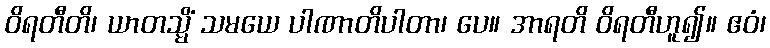
ဝိရတီတိ၊ ယာတသ္မိံ သမယေ ပါဏာတိပါတာ၊ ပေ။ အာရတိ ဝိရတီဟူ၍။ ဧဝံ၊